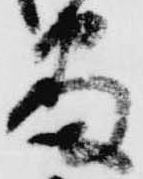
番